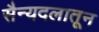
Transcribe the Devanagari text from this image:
सैन्यदलातून